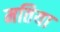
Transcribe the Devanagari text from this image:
मतिया